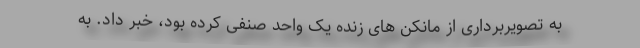
به تصویربرداری از مانکن های زنده یک واحد صنفی کرده بود، خبر داد. به